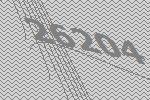
26204